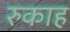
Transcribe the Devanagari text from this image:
रुकाह